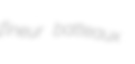
flneur batteaux